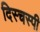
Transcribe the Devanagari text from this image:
दिस्चस्पी